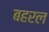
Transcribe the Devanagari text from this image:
बहरल